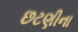
છટણીના